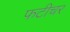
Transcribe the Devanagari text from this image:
फटीचर